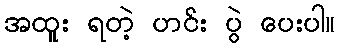
အထူး ရတဲ့ ဟင်း ပွဲ ပေးပါ။